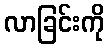
လာခြင်းကို